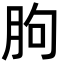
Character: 朐